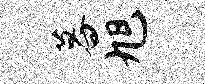
暮旭